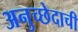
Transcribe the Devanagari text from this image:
अनुच्छेदाची